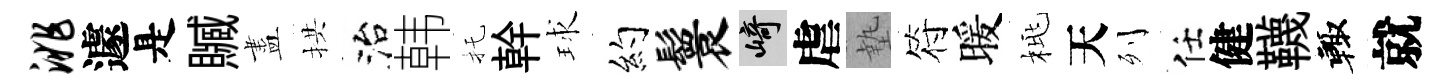
洮遽是贓盡拱治韩托幹球约鬟崎虐墊符暖桃天列任健韈輙就